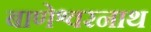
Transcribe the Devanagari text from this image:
बाणेश्वरनाथ